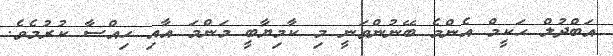
އަބްދުލް ޙަކީމް އެންމެ ބޭނުންވަނީ މި ކާމިޔާބީ މަންމަ އާއި ހިއްސާ ކުރުމެވެ.